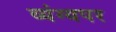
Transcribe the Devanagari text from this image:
व्यंग्यपर